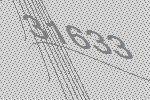
31633